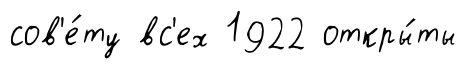
сов'е́ту вс'ех 1922 откры́ты